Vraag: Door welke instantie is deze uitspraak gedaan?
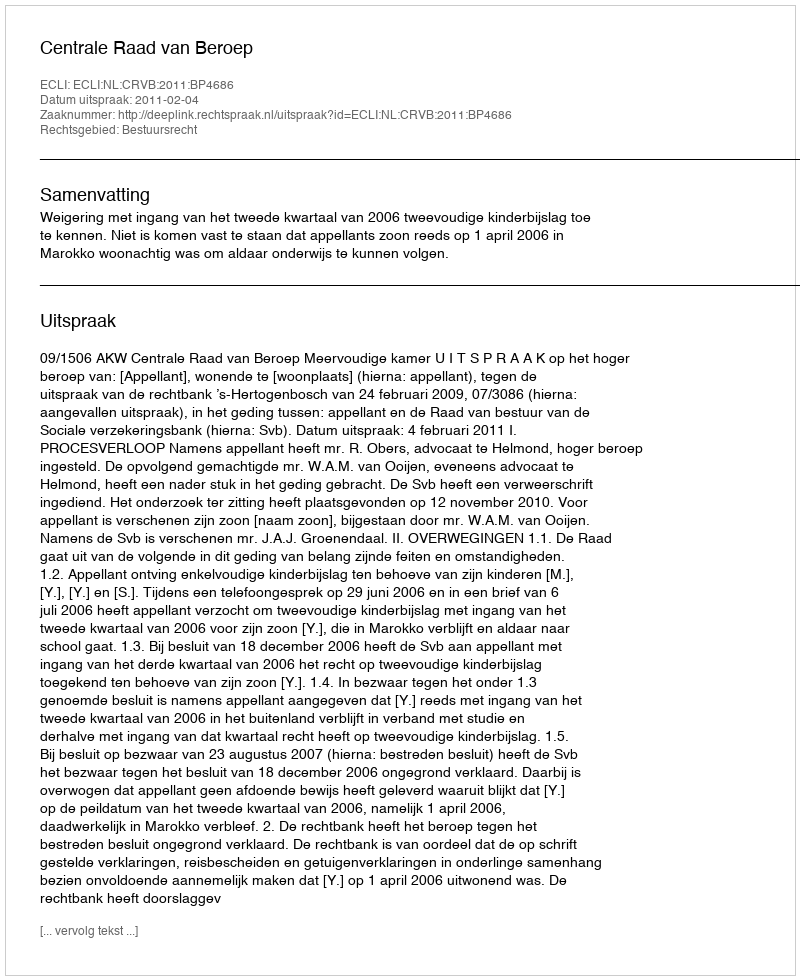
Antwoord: Centrale Raad van Beroep